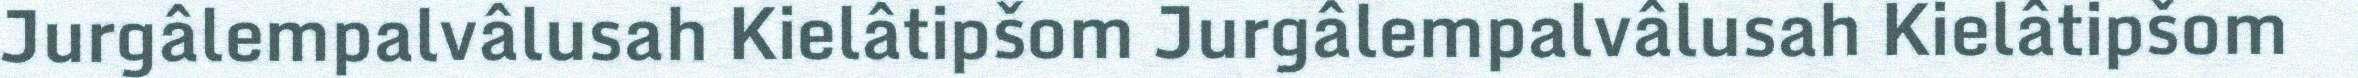
Jurgâlempalvâlusah Kielâtipšom Jurgâlempalvâlusah Kielâtipšom